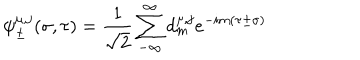
\psi _ { \pm } ^ { \mu , j } ( \sigma , \tau ) = \frac { 1 } { \sqrt 2 } \sum _ { - \infty } ^ { \infty } d _ { m } ^ { \mu , j } e ^ { - i m ( \tau \pm \sigma ) }